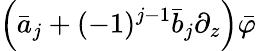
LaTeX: \left(\bar{a}_{j}+(-1)^{j-1}\bar{b}_{j}\partial_{z}\right)\bar{\varphi}